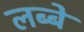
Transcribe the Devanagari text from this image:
लब्बे